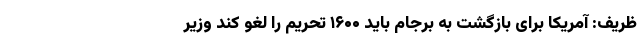
ظریف: آمریکا برای بازگشت به برجام باید ۱۶۰۰ تحریم را لغو کند وزیر